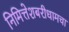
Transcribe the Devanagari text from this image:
निमित्तेशबरीधामचा